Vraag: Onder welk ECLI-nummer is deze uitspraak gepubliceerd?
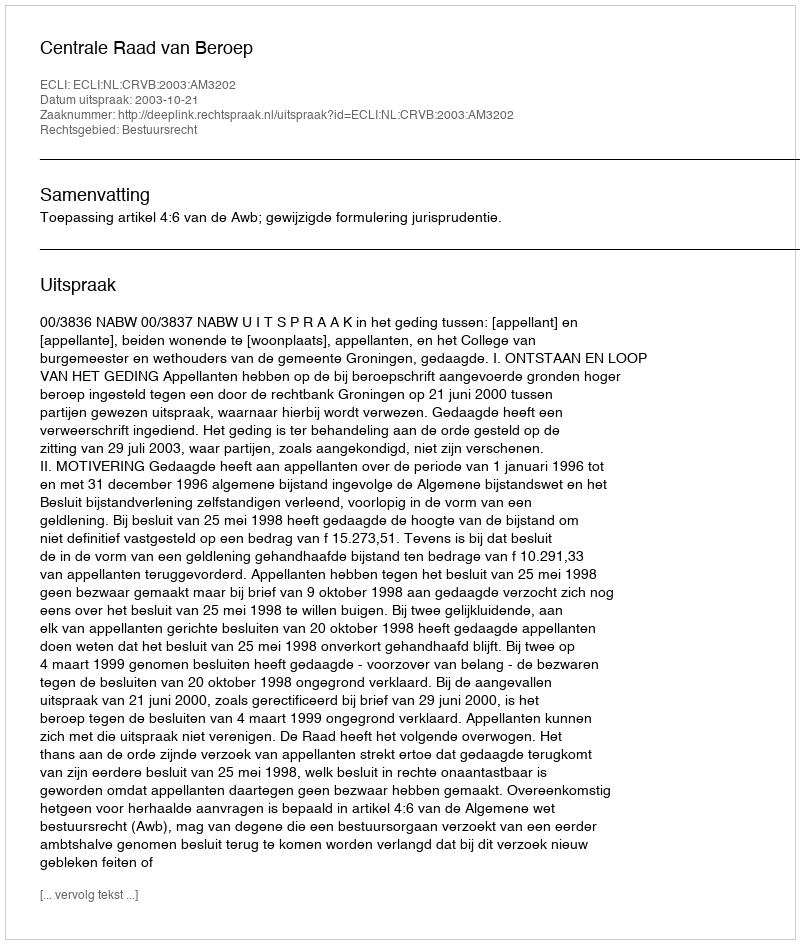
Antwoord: ECLI:NL:CRVB:2003:AM3202